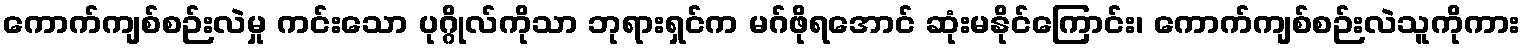
ကောက်ကျစ်စဉ်းလဲမှု ကင်းသော ပုဂ္ဂိုလ်ကိုသာ ဘုရားရှင်က မဂ်ဖိုရအောင် ဆုံးမနိုင်ကြောင်း၊ ကောက်ကျစ်စဉ်းလဲသူကိုကား